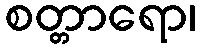
စတ္တာရော၊